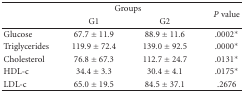
|  | <COLSPAN=2> Groups | <ROWSPAN=2> P value |
 |  | G1 | G2 |
 | --- | --- | --- | --- |
 | Glucose | 67.7 ± 11.9 | 88.9 ± 11.6 | .0002* |
 | Triglycerides | 119.9 ± 72.4 | 139.0 ± 92.5 | .0000* |
 | Cholesterol | 76.8 ± 67.3 | 112.7 ± 24.7 | .0131* |
 | HDL-c | 34.4 ± 3.3 | 30.4 ± 4.1 | .0175* |
 | LDL-c | 65.0 ± 19.5 | 84.5 ± 37.1 | .2676 |